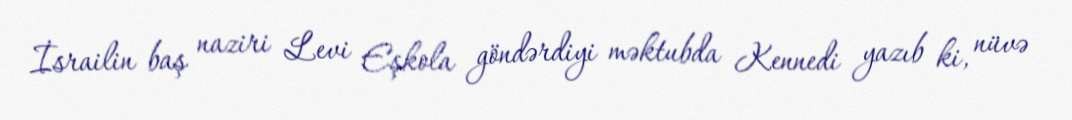
İsrailin baş naziri Levi Eşkola göndərdiyi məktubda Kennedi yazıb ki, nüvə